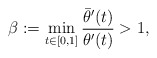
\begin{align*}\beta:=\min_{t\in [0,1]} \frac{ \bar{\theta}'(t)}{ \theta'(t)} >1,\end{align*}